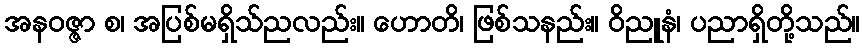
အနဝဇ္ဇာ စ၊ အပြစ်မရှိသ်ညလည်း။ ဟောတိ၊ ဖြစ်သနည်း။ ဝိညူနံ၊ ပညာရှိတို့သည်။